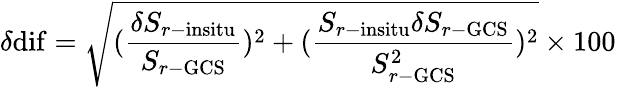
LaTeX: {\delta\mathrm{{dif}}}=\sqrt{(\frac{\delta S_{r-\mathrm{{insitu}}}}{S_{r-\mathrm{{GCS}}}})^{2}+(\frac{S_{r-\mathrm{{insitu}}}\delta S_{r-\mathrm{{GCS}}}}{S_{r-\mathrm{{GCS}}}^{2}})^{2}}\times 100\